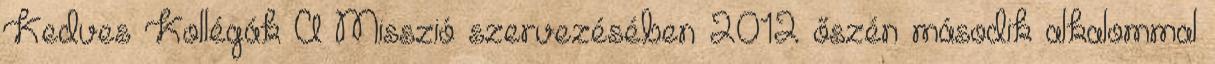
Kedves Kollégák A Misszió szervezésében 2012 őszén második alkalommal